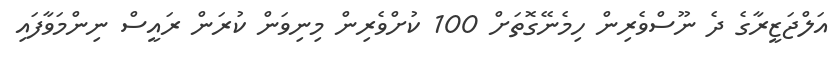
އަލްޖަޒީރާގެ ދެ ނޫސްވެރިން ހިމެނޭގޮތަށް 100 ކުށްވެރިން މިނިވަން ކުރަން ރައީސް ނިންމަވާފައި